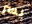
يسر